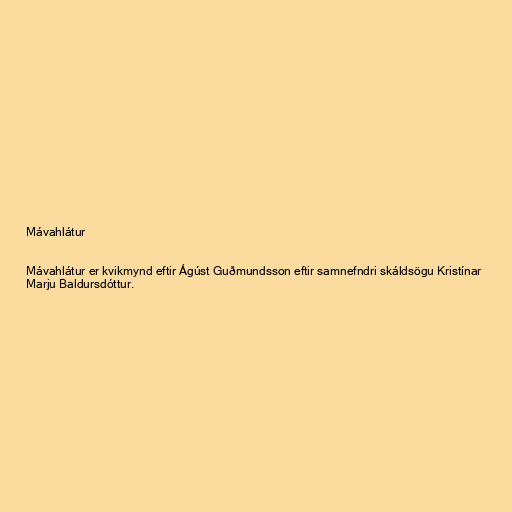
Mávahlátur

Mávahlátur er kvikmynd eftir Ágúst Guðmundsson eftir samnefndri skáldsögu Kristínar
Marju Baldursdóttur.